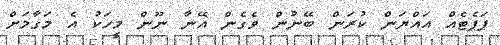
ޕަޕެޓެއް އައްޔަން ކުރަން ބޭނުން ވެގެން އޭނާ ނޫން މީހަކު އެ މަގާމަށް